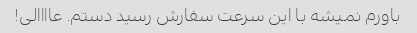
باورم نمیشه با این سرعت سفارش رسید دستم. عاااالی!